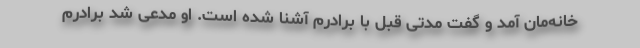
خانه‌مان آمد و گفت مدتی قبل با برادرم آشنا شده‌ است. او مدعی شد برادرم